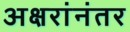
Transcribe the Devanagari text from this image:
अक्षरांनंतर